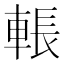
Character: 𮝙